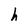
Character: h